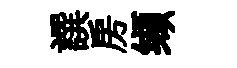
譔房缬